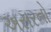
અસરનો